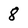
Character: 8